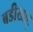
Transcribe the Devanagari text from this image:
बडीखाटू